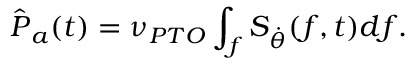
\hat { \boldsymbol { P } } _ { a } ( t ) = \nu _ { P T O } \int _ { f } \boldsymbol { S } _ { \dot { \boldsymbol { \theta } } } ( f , t ) d f .